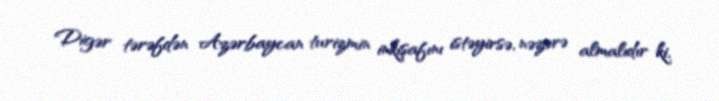
Digər tərəfdən Azərbaycan turizmin inkişafını istəyirsə, nəzərə almalıdır ki,